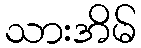
သားအိမ်